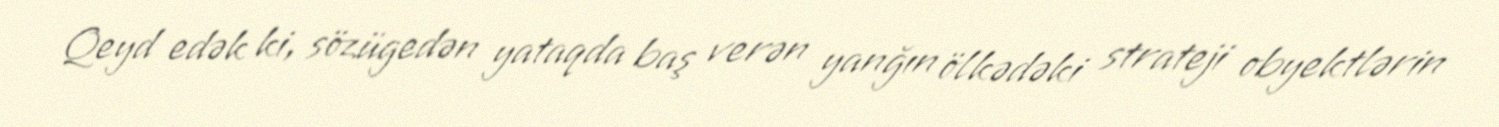
Qeyd edək ki, sözügedən yataqda baş verən yanğın ölkədəki strateji obyektlərin